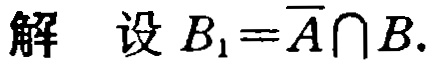
解 设 \(B_{1}=\overline{A}\cap B.\)